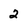
Character: 2